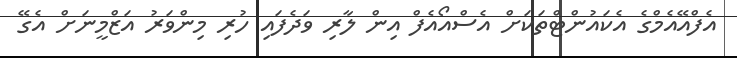
އެފްއޭއެމްގެ އެކައުންޓްތަކަށް އެސްއޯއެފް އިން ލާރި ވަދެފައި ހުރި މިންވަރު އަޒްމީނަށް އެގޭ